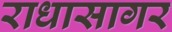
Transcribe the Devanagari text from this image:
राधासागर